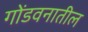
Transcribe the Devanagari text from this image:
गोंडवनातील